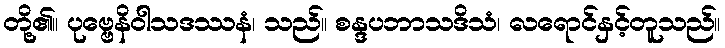
တို့၏။ ပုဗ္ဗေနိဝါသဒဿနံ၊ သည်။ စန္ဒပဘာသဒိသံ၊ လရောင်နှင့်တူသည်။